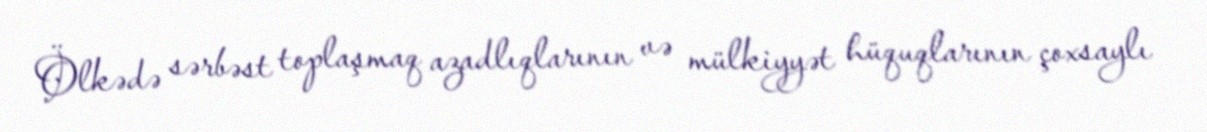
Ölkədə sərbəst toplaşmaq azadlıqlarının və mülkiyyət hüquqlarının çoxsaylı